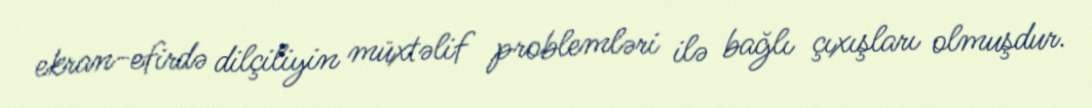
ekran-efirdə dilçiliyin müxtəlif problemləri ilə bağlı çıxışları olmuşdur.